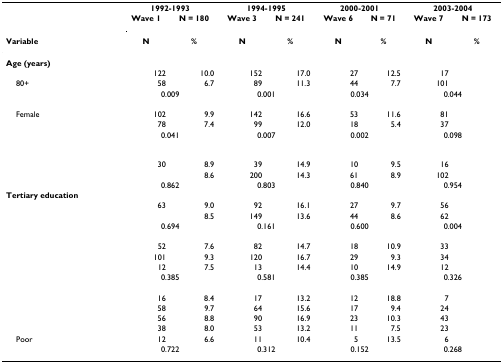
<table><thead><tr><td>[EMPTY_CELL]</td><td colspan="2"><b>1992-1993</b></td><td colspan="2"><b>1994-1995</b></td><td colspan="2"><b>2000-2001</b></td><td colspan="2"><b>2003-2004</b></td></tr><tr><td>[EMPTY_CELL]</td><td><b>Wave 1</b></td><td><b>N = 180</b></td><td><b>Wave 3</b></td><td><b>N = 241</b></td><td><b>Wave 6</b></td><td><b>N = 71</b></td><td><b>Wave 7</b></td><td><b>N = 173</b></td></tr><tr><td><b>Variable</b></td><td><b>N</b></td><td><b>%</b></td><td><b>N</b></td><td><b>%</b></td><td><b>N</b></td><td><b>%</b></td><td><b>N</b></td><td><b>%</b></td></tr></thead><tbody><tr><td><b>Age (years)</b></td><td>[EMPTY_CELL]</td><td>[EMPTY_CELL]</td><td>[EMPTY_CELL]</td><td>[EMPTY_CELL]</td><td>[EMPTY_CELL]</td><td>[EMPTY_CELL]</td><td>[EMPTY_CELL]</td><td>[EMPTY_CELL]</td></tr><tr><td>[EMPTY_CELL]</td><td>122</td><td>10.0</td><td>152</td><td>17.0</td><td>27</td><td>12.5</td><td>17</td><td>[EMPTY_CELL]</td></tr><tr><td> 80+</td><td>58</td><td>6.7</td><td>89</td><td>11.3</td><td>44</td><td>7.7</td><td>101</td><td>[EMPTY_CELL]</td></tr><tr><td>[EMPTY_CELL]</td><td colspan="2">0.009</td><td colspan="2">0.001</td><td colspan="2">0.034</td><td colspan="2">0.044</td></tr><tr><td>[EMPTY_CELL]</td><td>[EMPTY_CELL]</td><td>[EMPTY_CELL]</td><td>[EMPTY_CELL]</td><td>[EMPTY_CELL]</td><td>[EMPTY_CELL]</td><td>[EMPTY_CELL]</td><td>[EMPTY_CELL]</td><td>[EMPTY_CELL]</td></tr><tr><td> Female</td><td>102</td><td>9.9</td><td>142</td><td>16.6</td><td>53</td><td>11.6</td><td>81</td><td>[EMPTY_CELL]</td></tr><tr><td>[EMPTY_CELL]</td><td>78</td><td>7.4</td><td>99</td><td>12.0</td><td>18</td><td>5.4</td><td>37</td><td>[EMPTY_CELL]</td></tr><tr><td>[EMPTY_CELL]</td><td colspan="2">0.041</td><td colspan="2">0.007</td><td colspan="2">0.002</td><td colspan="2">0.098</td></tr><tr><td>[EMPTY_CELL]</td><td>[EMPTY_CELL]</td><td>[EMPTY_CELL]</td><td>[EMPTY_CELL]</td><td>[EMPTY_CELL]</td><td>[EMPTY_CELL]</td><td>[EMPTY_CELL]</td><td>[EMPTY_CELL]</td><td>[EMPTY_CELL]</td></tr><tr><td>[EMPTY_CELL]</td><td>30</td><td>8.9</td><td>39</td><td>14.9</td><td>10</td><td>9.5</td><td>16</td><td>[EMPTY_CELL]</td></tr><tr><td>[EMPTY_CELL]</td><td>[EMPTY_CELL]</td><td>8.6</td><td>200</td><td>14.3</td><td>61</td><td>8.9</td><td>102</td><td>[EMPTY_CELL]</td></tr><tr><td>[EMPTY_CELL]</td><td colspan="2">0.862</td><td colspan="2">0.803</td><td colspan="2">0.840</td><td colspan="2">0.954</td></tr><tr><td><b>Tertiary education</b></td><td>[EMPTY_CELL]</td><td>[EMPTY_CELL]</td><td>[EMPTY_CELL]</td><td>[EMPTY_CELL]</td><td>[EMPTY_CELL]</td><td>[EMPTY_CELL]</td><td>[EMPTY_CELL]</td><td>[EMPTY_CELL]</td></tr><tr><td>[EMPTY_CELL]</td><td>63</td><td>9.0</td><td>92</td><td>16.1</td><td>27</td><td>9.7</td><td>56</td><td>[EMPTY_CELL]</td></tr><tr><td>[EMPTY_CELL]</td><td>[EMPTY_CELL]</td><td>8.5</td><td>149</td><td>13.6</td><td>44</td><td>8.6</td><td>62</td><td>[EMPTY_CELL]</td></tr><tr><td>[EMPTY_CELL]</td><td colspan="2">0.694</td><td colspan="2">0.161</td><td colspan="2">0.600</td><td colspan="2">0.004</td></tr><tr><td>[EMPTY_CELL]</td><td>[EMPTY_CELL]</td><td>[EMPTY_CELL]</td><td>[EMPTY_CELL]</td><td>[EMPTY_CELL]</td><td>[EMPTY_CELL]</td><td>[EMPTY_CELL]</td><td>[EMPTY_CELL]</td><td>[EMPTY_CELL]</td></tr><tr><td>[EMPTY_CELL]</td><td>52</td><td>7.6</td><td>82</td><td>14.7</td><td>18</td><td>10.9</td><td>33</td><td>[EMPTY_CELL]</td></tr><tr><td>[EMPTY_CELL]</td><td>101</td><td>9.3</td><td>120</td><td>16.7</td><td>29</td><td>9.3</td><td>34</td><td>[EMPTY_CELL]</td></tr><tr><td>[EMPTY_CELL]</td><td>12</td><td>7.5</td><td>13</td><td>14.4</td><td>10</td><td>14.9</td><td>12</td><td>[EMPTY_CELL]</td></tr><tr><td>[EMPTY_CELL]</td><td colspan="2">0.385</td><td colspan="2">0.581</td><td colspan="2">0.385</td><td colspan="2">0.326</td></tr><tr><td>[EMPTY_CELL]</td><td>[EMPTY_CELL]</td><td>[EMPTY_CELL]</td><td>[EMPTY_CELL]</td><td>[EMPTY_CELL]</td><td>[EMPTY_CELL]</td><td>[EMPTY_CELL]</td><td>[EMPTY_CELL]</td><td>[EMPTY_CELL]</td></tr><tr><td>[EMPTY_CELL]</td><td>16</td><td>8.4</td><td>17</td><td>13.2</td><td>12</td><td>18.8</td><td>7</td><td>[EMPTY_CELL]</td></tr><tr><td>[EMPTY_CELL]</td><td>58</td><td>9.7</td><td>64</td><td>15.6</td><td>17</td><td>9.4</td><td>24</td><td>[EMPTY_CELL]</td></tr><tr><td>[EMPTY_CELL]</td><td>56</td><td>8.8</td><td>90</td><td>16.9</td><td>23</td><td>10.3</td><td>43</td><td>[EMPTY_CELL]</td></tr><tr><td>[EMPTY_CELL]</td><td>38</td><td>8.0</td><td>53</td><td>13.2</td><td>11</td><td>7.5</td><td>23</td><td>[EMPTY_CELL]</td></tr><tr><td> Poor</td><td>12</td><td>6.6</td><td>11</td><td>10.4</td><td>5</td><td>13.5</td><td>6</td><td>[EMPTY_CELL]</td></tr><tr><td>[EMPTY_CELL]</td><td colspan="2">0.722</td><td colspan="2">0.312</td><td colspan="2">0.152</td><td colspan="2">0.268</td></tr></tbody></table>